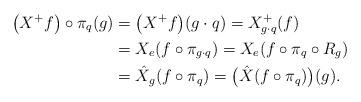
LaTeX: \begin{align*}\bigl(X^+f\bigr)\circ\pi_q(g)&=\bigl(X^+f\bigr)(g\cdot q)=X^+_{g\cdot q}(f)\\&=X_e(f\circ\pi_{g\cdot q})=X_e(f\circ\pi_q\circ R_g)\\&=\hat X_g(f\circ\pi_q)=\bigl(\hat X(f\circ\pi_q)\bigr)(g).\end{align*}